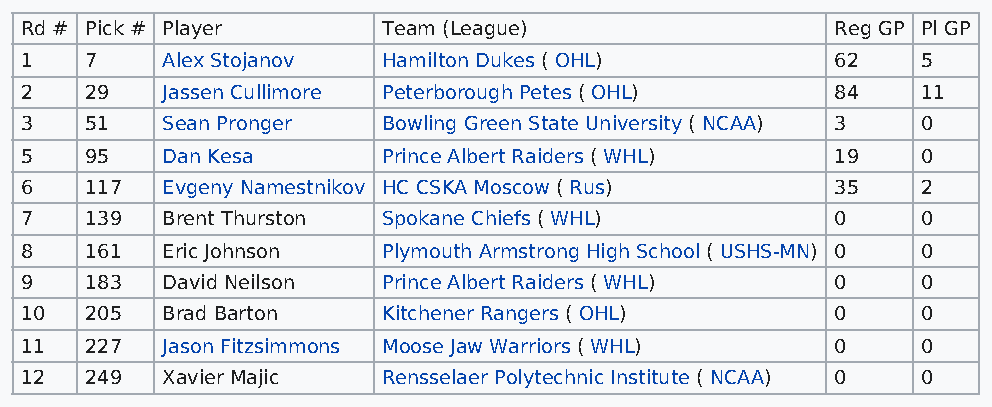
Rd # Pick # Player      Team (League)                 Reg GP Pl GP
 1    7    Alex Stojanov Hamilton Dukes ( OHL)         62    5
 2    29   Jassen Cullimore Peterborough Petes ( OHL)  84    11
 3    51   Sean Pronger  Bowling Green State University ( NCAA) 3 0
 5    95   Dan Kesa      Prince Albert Raiders ( WHL)  19    0
 6    117  Evgeny Namestnikov HC CSKA Moscow ( Rus)    35    2
 7    139  Brent Thurston Spokane Chiefs ( WHL)        0     0
 8    161  Eric Johnson  Plymouth Armstrong High School ( USHS-MN) 0 0
 9    183  David Neilson Prince Albert Raiders ( WHL)  0     0
 10   205  Brad Barton   Kitchener Rangers ( OHL)      0     0
 11   227  Jason Fitzsimmons Moose Jaw Warriors ( WHL) 0     0
 12   249  Xavier Majic  Rensselaer Polytechnic Institute ( NCAA) 0 0